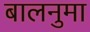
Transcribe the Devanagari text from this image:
बालनुमा